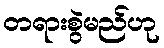
တရားစွဲမည်ဟု